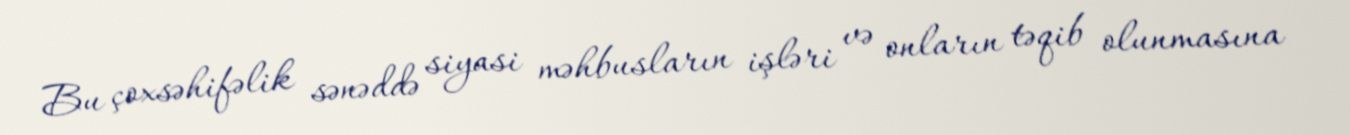
Bu çoxsəhifəlik sənəddə siyasi məhbusların işləri və onların təqib olunmasına